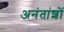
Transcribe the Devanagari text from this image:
अनंतांशों